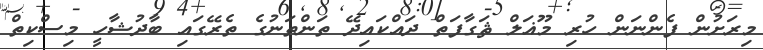
މިރަށުން ފެންނަން ހުރި މޫޣަލް ޘަގާފަތް ދައްކައިދޭ ތަންތަނުގެ ތެރޭގައި ބާދުޝާހީ މިސްކިތް